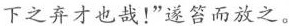
下之弃才也哉！”遂笞而放之。